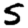
Digit: 5